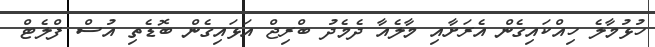
ހުޅުމާލެ ހިއްކައިގެން އެރަށާއި މާލެއާ ދެމެދު ބްރިޖް އަޅައިގެން ބޮޑެތި އުސް ފްލެޓް